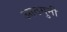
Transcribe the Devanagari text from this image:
आठगुनी